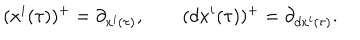
LaTeX: ( x ^ { i } ( \tau ) ) ^ { + } = \partial _ { x ^ { i } ( \tau ) } , \qquad ( d x ^ { i } ( \tau ) ) ^ { + } = \partial _ { d x ^ { i } ( \tau ) } .